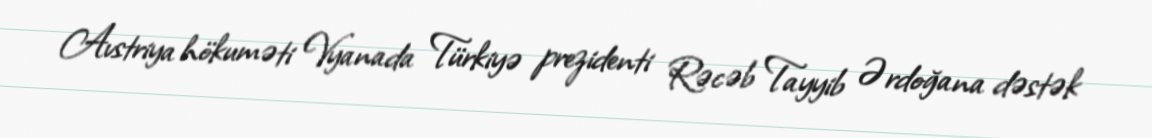
Avstriya hökuməti Vyanada Türkiyə prezidenti Rəcəb Tayyib Ərdoğana dəstək